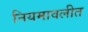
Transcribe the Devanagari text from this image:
नियमावलीत